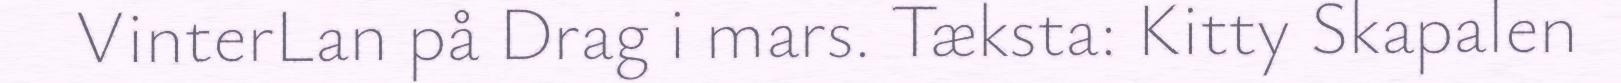
VinterLan på Drag i mars. Tæksta: Kitty Skapalen